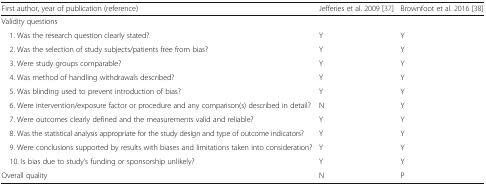
<table><thead><tr><td><b>First author, year of publication (reference)</b></td><td><b>Jefferies et al. 2009 [37]</b></td><td><b>Brownfoot et al. 2016 [38]</b></td></tr></thead><tbody><tr><td colspan="3">Validity questions</td></tr><tr><td> 1. Was the research question clearly stated?</td><td>Y</td><td>Y</td></tr><tr><td> 2. Was the selection of study subjects/patients free from bias?</td><td>Y</td><td>Y</td></tr><tr><td> 3. Were study groups comparable?</td><td>Y</td><td>Y</td></tr><tr><td> 4. Was method of handling withdrawals described?</td><td>Y</td><td>Y</td></tr><tr><td> 5. Was blinding used to prevent introduction of bias?</td><td>Y</td><td>Y</td></tr><tr><td> 6. Were intervention/exposure factor or procedure and any comparison(s) described in detail?</td><td>N</td><td>Y</td></tr><tr><td> 7. Were outcomes clearly defined and the measurements valid and reliable?</td><td>Y</td><td>Y</td></tr><tr><td> 8. Was the statistical analysis appropriate for the study design and type of outcome indicators?</td><td>Y</td><td>Y</td></tr><tr><td> 9. Were conclusions supported by results with biases and limitations taken into consideration?</td><td>Y</td><td>Y</td></tr><tr><td> 10. Is bias due to study’s funding or sponsorship unlikely?</td><td>Y</td><td>Y</td></tr><tr><td>Overall quality</td><td>N</td><td>P</td></tr></tbody></table>